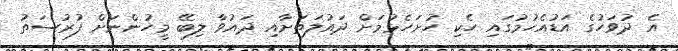
އެ ދުވަހުގެ އަޑުއެހުމުގައި ހެކި ހުށަހެޅުމަށް ދައުލަތަށާއި ދައުވާ ލިބޭ މީހުންނަށް ފުރުސަތު